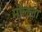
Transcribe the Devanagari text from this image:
मॉलला